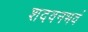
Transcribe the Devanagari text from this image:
शदवनभवं